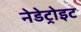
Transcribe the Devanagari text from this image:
नेडेट्रोइट